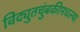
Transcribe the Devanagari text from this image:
विद्युतचुंबकीमधल्या